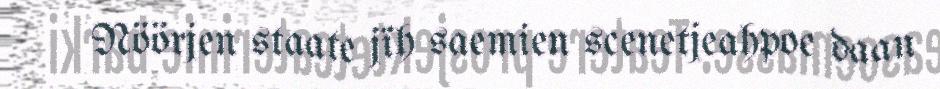
Nöörjen staate jïh saemien scenetjeahpoe daan